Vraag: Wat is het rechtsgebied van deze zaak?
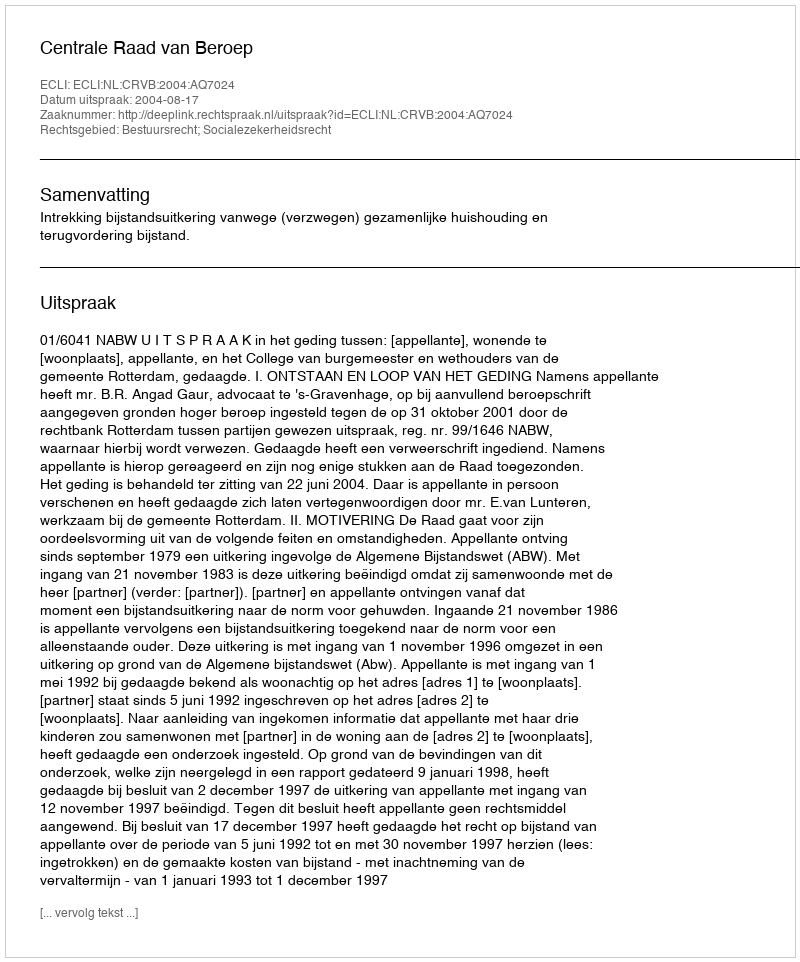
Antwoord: Bestuursrecht; Socialezekerheidsrecht